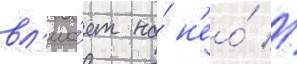
вл'иа́ет на́ н'ео́ //